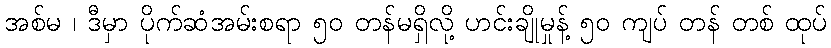
အစ်မ ၊ ဒီမှာ ပိုက်ဆံအမ်းစရာ ၅၀ တန်မရှိလို့ ဟင်းချိုမှုန့် ၅၀ ကျပ် တန် တစ် ထုပ်